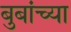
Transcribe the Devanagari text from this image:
बुबांच्या